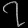
Digit: ၇